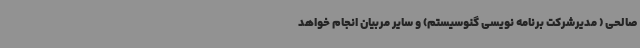
صالحی ( مدیرشرکت برنامه نویسی گنوسیستم) و سایر مربیان انجام خواهد